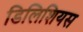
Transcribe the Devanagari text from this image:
डिलिशियस